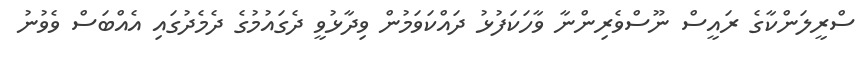
ސްރީލަންކާގެ ރައީސް ނޫސްވެރިންނާ ވާހަކަފުޅު ދައްކަވަމުން ވިދާޅުވީ ދެގައުމުގެ ދެމެދުގައި އެއްބަސް ވެވުނު